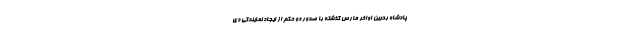
پادشاه بحرین اواخر مارس گذشته با صدور دو حکم از ایجاد نمایندگی دی